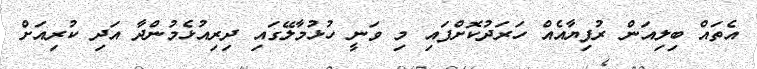
އެތައް ބިލިއަން ރުފިޔާއެއް ހަރަދުކޮށްފައި މި ވަނީ ހުޅުމާލޭގައި ދިރިއުޅެމުންދާ އަދި ކުރިއަށް